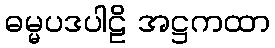
ဓမ္မပဒပါဠိ အဋ္ဌကထာ